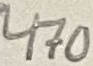
Text: 470